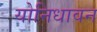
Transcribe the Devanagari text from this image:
योनिधावन